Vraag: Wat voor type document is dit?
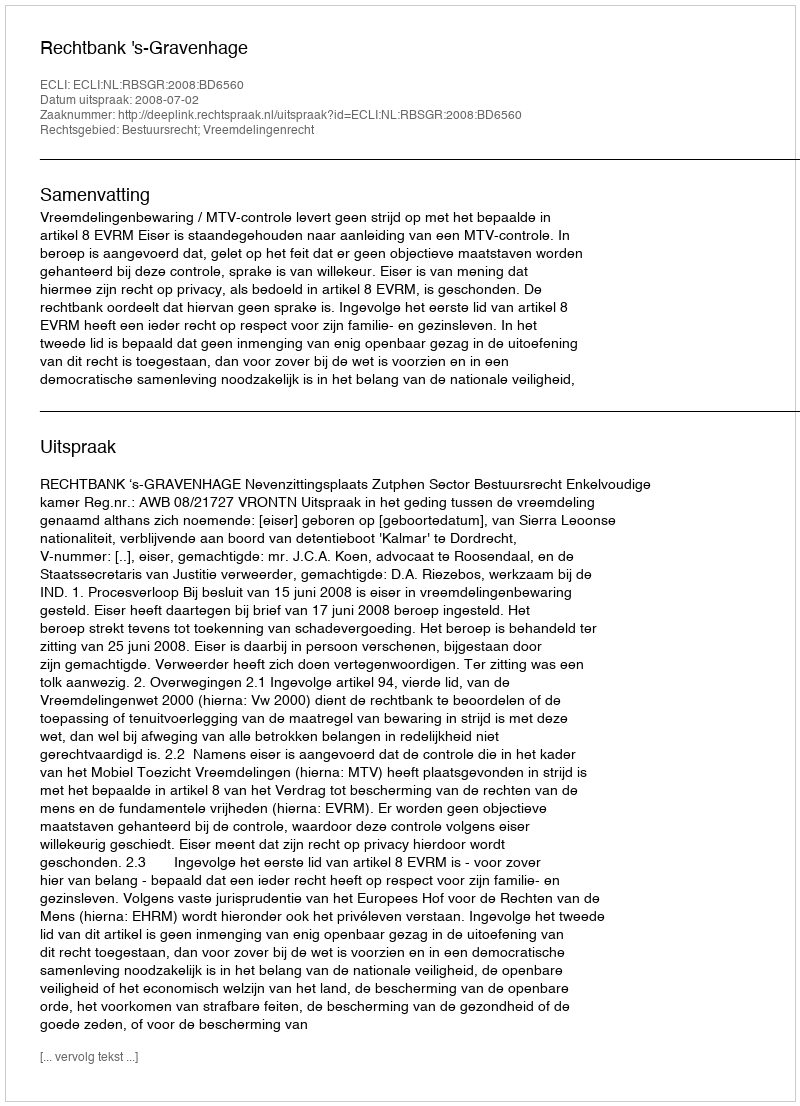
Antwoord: Uitspraak